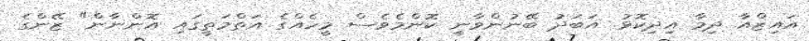
އައިޒްއާ ދިމާ އިދިކޮޅު. އަބަދު ބޭނުންވާނީ ކޮންމެވެސް މީހެއްގެ އަތްމަތީގައި އޮންނާން" ޒޭންގެ